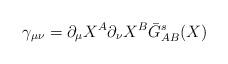
LaTeX: \begin{align*}\gamma_{\mu \nu} =\partial_\mu X^{A} \partial_\nu X^{B} \bar{G}^s_{A B}(X)\end{align*}